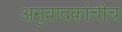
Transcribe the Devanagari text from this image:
अनुवादकांचीच